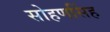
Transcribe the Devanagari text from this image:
सोहणसिंह